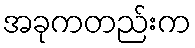
အခုကတည်းက